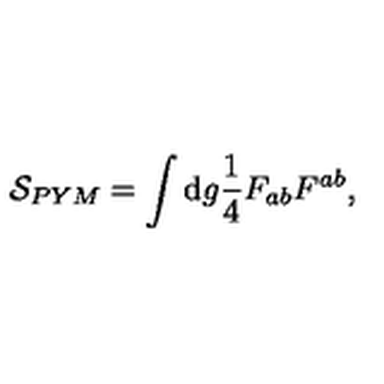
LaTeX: { \cal S } _ { P Y M } = \int \mathrm { d } g \frac { 1 } { 4 } F _ { a b } F ^ { a b } ,